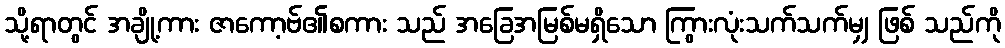
သို့ရာတွင် အချို့ကား ဇာကော့ဗ်၏စကား သည် အခြေအမြစ်မရှိသော ကြွားလုံးသက်သက်မျှ ဖြစ် သည်ကို